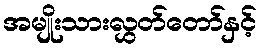
အမျိုးသားလွှတ်တော်နှင့်